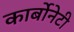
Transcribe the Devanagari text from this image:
कार्बोनेटी